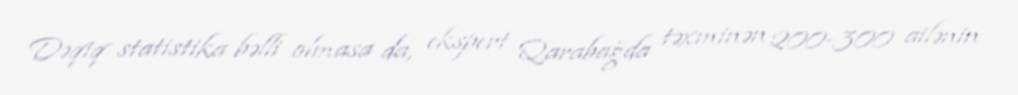
Dəqiq statistika bəlli olmasa da, ekspert Qarabağda təxminən 200-300 ailənin